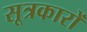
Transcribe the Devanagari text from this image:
सूत्रकारों